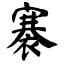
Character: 褰